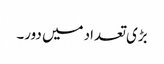
بڑی تعداد میں دور۔